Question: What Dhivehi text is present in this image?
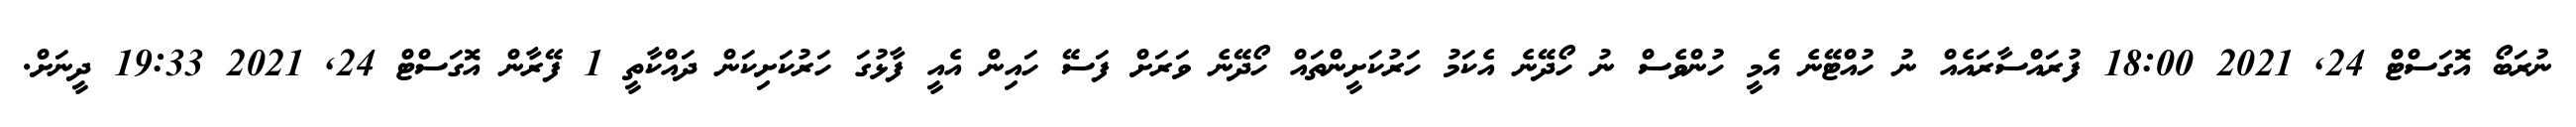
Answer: ނުރަބޯ އޮގަސްޓް 24, 2021 18:00 ފުރައްސާރައެއް ނު ހުއްޓޭނެ އެމީ ހުންވެސް ނު ހޯދޭނެ އެކަމު ހަރުކަށީންތައް ހޯދޭނެ ވަރަށް ފަސޭ ހައިން އެއީ ފާޅުގަ ހަރުކަށިކަން ދައްކާތީ 1 ފޭރާން އޮގަސްޓް 24, 2021 19:33 ދީނަށް.